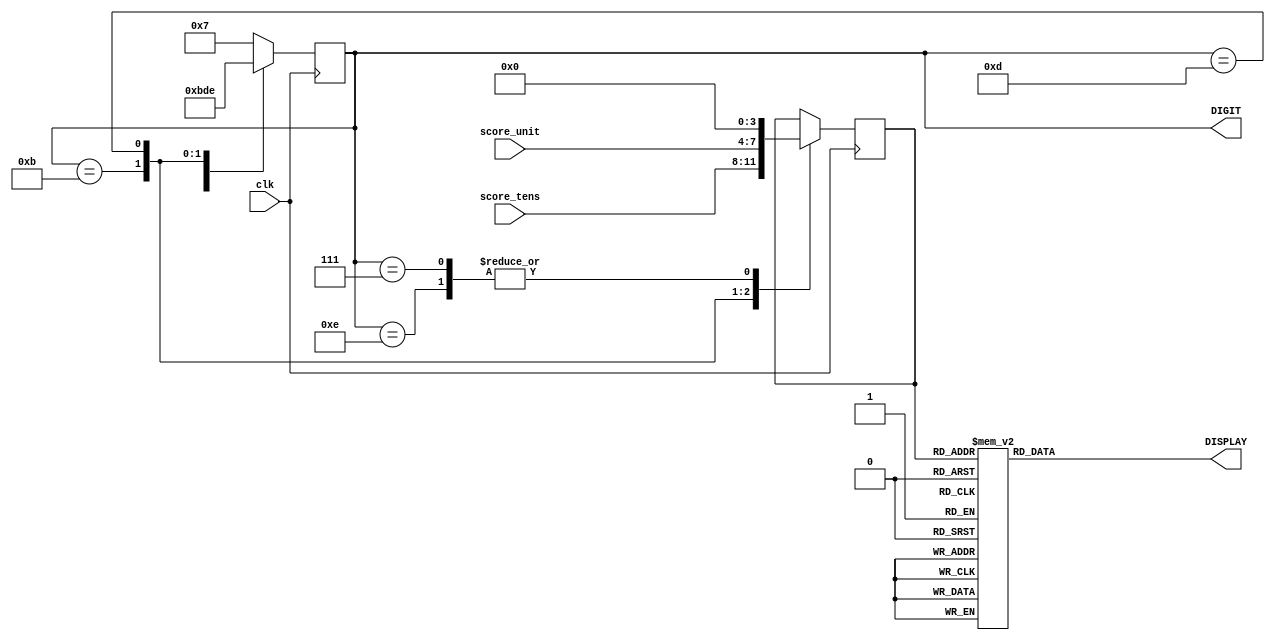
`timescale 1ns / 1ps
//////////////////////////////////////////////////////////////////////////////////
// Company: 
// Engineer: 
// 
// Design Name: 
// Module Name:    LED7SEG 
// Project Name: 
// Target Devices: 
// Tool versions: 
// Description: 
//
// Dependencies: 
//
// Revision: 
// Revision 0.01 - File Created
// Additional Comments: 
//
//////////////////////////////////////////////////////////////////////////////////
module LED7SEG(DIGIT, DISPLAY, score_tens, score_unit, clk);
	input clk;
	input [3:0] score_tens;
	input [3:0] score_unit;
	
	output reg [3:0] DIGIT;
	output reg [7:0] DISPLAY;

	reg [3:0] value;
	
	always @(posedge clk) begin	
		case(DIGIT) 			// from right to left
			4'b0111: begin		// 3rd light
				value = 0;
				DIGIT <= 4'b1011;
			end
			4'b1011: begin		// 2nd light
				value = score_tens;
				DIGIT <= 4'b1101;
			end
			4'b1101: begin		// 1st light
				value = score_unit; 
				DIGIT <= 4'b1110;
			end
			4'b1110: begin		// 4th light
				value = 0;
				DIGIT <= 4'b0111;
			end
			default begin
				DIGIT <= 4'b0111;
			end
		endcase
	end

	
	always @(*)begin 
		case(value) 
			4'h0: DISPLAY = 8'b11000000;
			4'h1: DISPLAY = 8'b11111001;
			4'h2: DISPLAY = 8'b00100100;
			4'h3: DISPLAY = 8'b00110000;
			4'h4: DISPLAY = 8'b00011001;
			4'h5: DISPLAY = 8'b00010010;
			4'h6: DISPLAY = 8'b00000010;
			4'h7: DISPLAY = 8'b11111000;
			4'h8: DISPLAY = 8'b00000000;
			4'h9: DISPLAY = 8'b00010000;
			default: begin
				DISPLAY = 8'b11111111;
			end
		endcase 
	end

endmodule